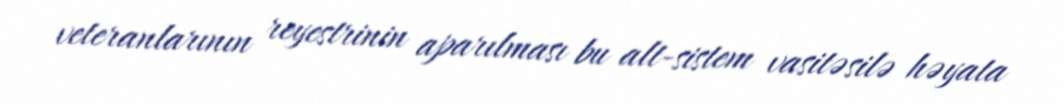
veteranlarının reyestrinin aparılması bu alt-sistem vasitəsilə həyata